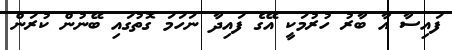
ފައިސާ އާ ބާރު ހުރުމަކީ އޭގެ ފައިދާ ނަހަމަ ގޮތުގައި ބޭނުން ކުރަން